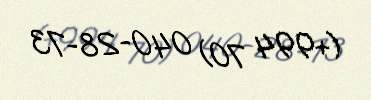
(+994 70) 040-28-73